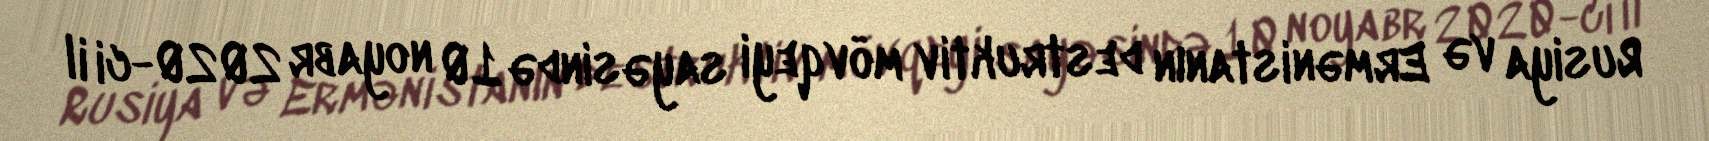
Rusiya və Ermənistanın destruktiv mövqeyi sayəsində 10 noyabr 2020-ci il